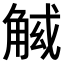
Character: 𧣱